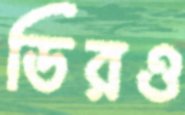
ডিরও